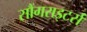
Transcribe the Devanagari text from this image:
सौंगराइटर्स